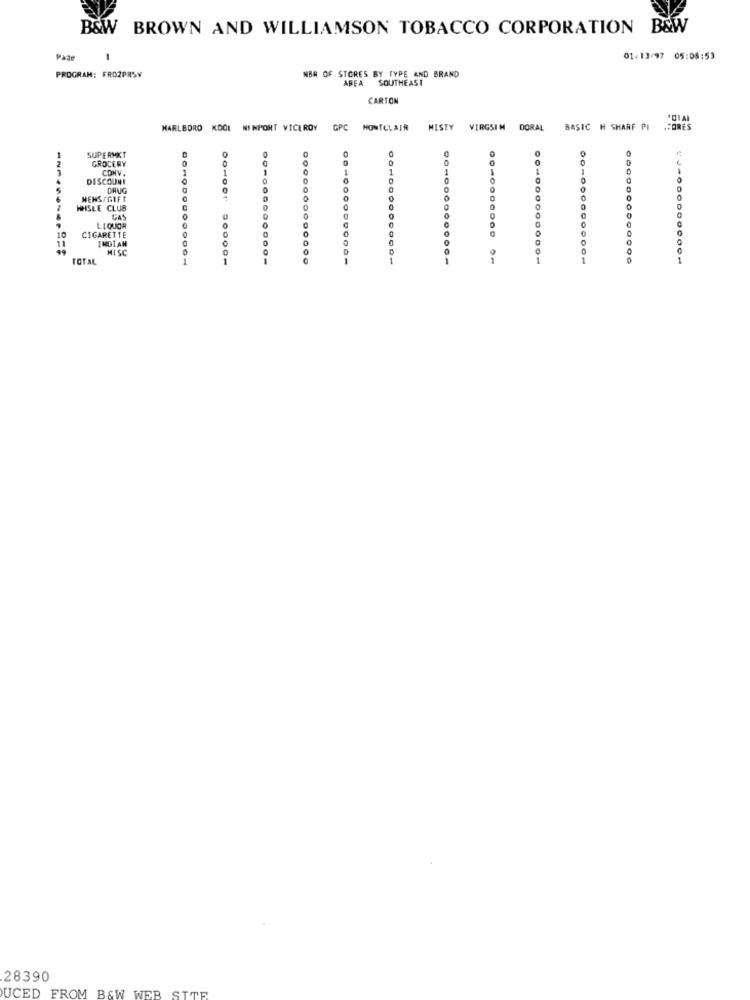
B&W BROWN AND WILLIAMSON TOBACCO CORPORATION B&W
Paar
1
01/13/97 05:08:53
PROGRAM: FRO2PRSY
NBA OF STORES BY TYPE AND BRAND
AREA
SOUTHEAST
CARTON
MARLBORO KOOL NINPORT VICEROY
GPC
MONTCLAIR MISTY
VIRGSIM DORAL
BASIC H SHARF PI
.FORES
SUPERMKT
GROCERY
CONV
DISCOUNT
5
DRUG
NENS/GIFT
HHSLE CLUB
GAS
10
CIGARETTE
LIQUOR
INDIAN
MISC
TOTAL
0010000000001
001001 .00001
00 000000000-
204000000000-
00⑉000000000₦
0000000000000
28390
UCED FROM B&W WEB SITE